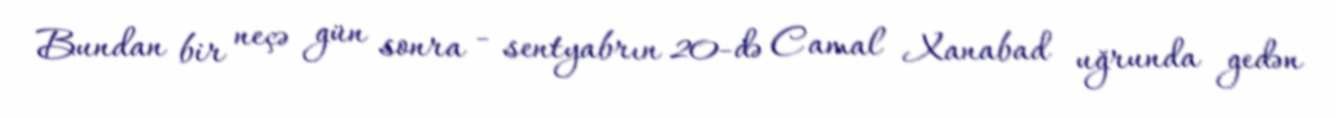
Bundan bir neçə gün sonra - sentyabrın 20-də Camal Xanabad uğrunda gedən